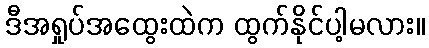
ဒီအရှုပ်အထွေးထဲက ထွက်နိုင်ပါ့မလား။